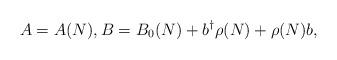
LaTeX: \begin{align*} A=A(N), B=B_0(N)+b^{\dagger}\rho(N)+\rho(N)b, \end{align*}